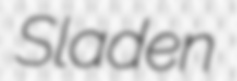
Sladen